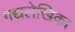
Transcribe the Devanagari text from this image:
गद्यलेखिका